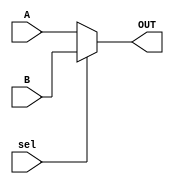
module test (A,B,sel,OUT);
input A,B,sel;
output  reg OUT;
always@(*)begin
    if(sel) begin
        OUT = B;
    end    
    else begin
        OUT = A;
    end
end

endmodule